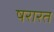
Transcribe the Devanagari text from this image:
षरारत